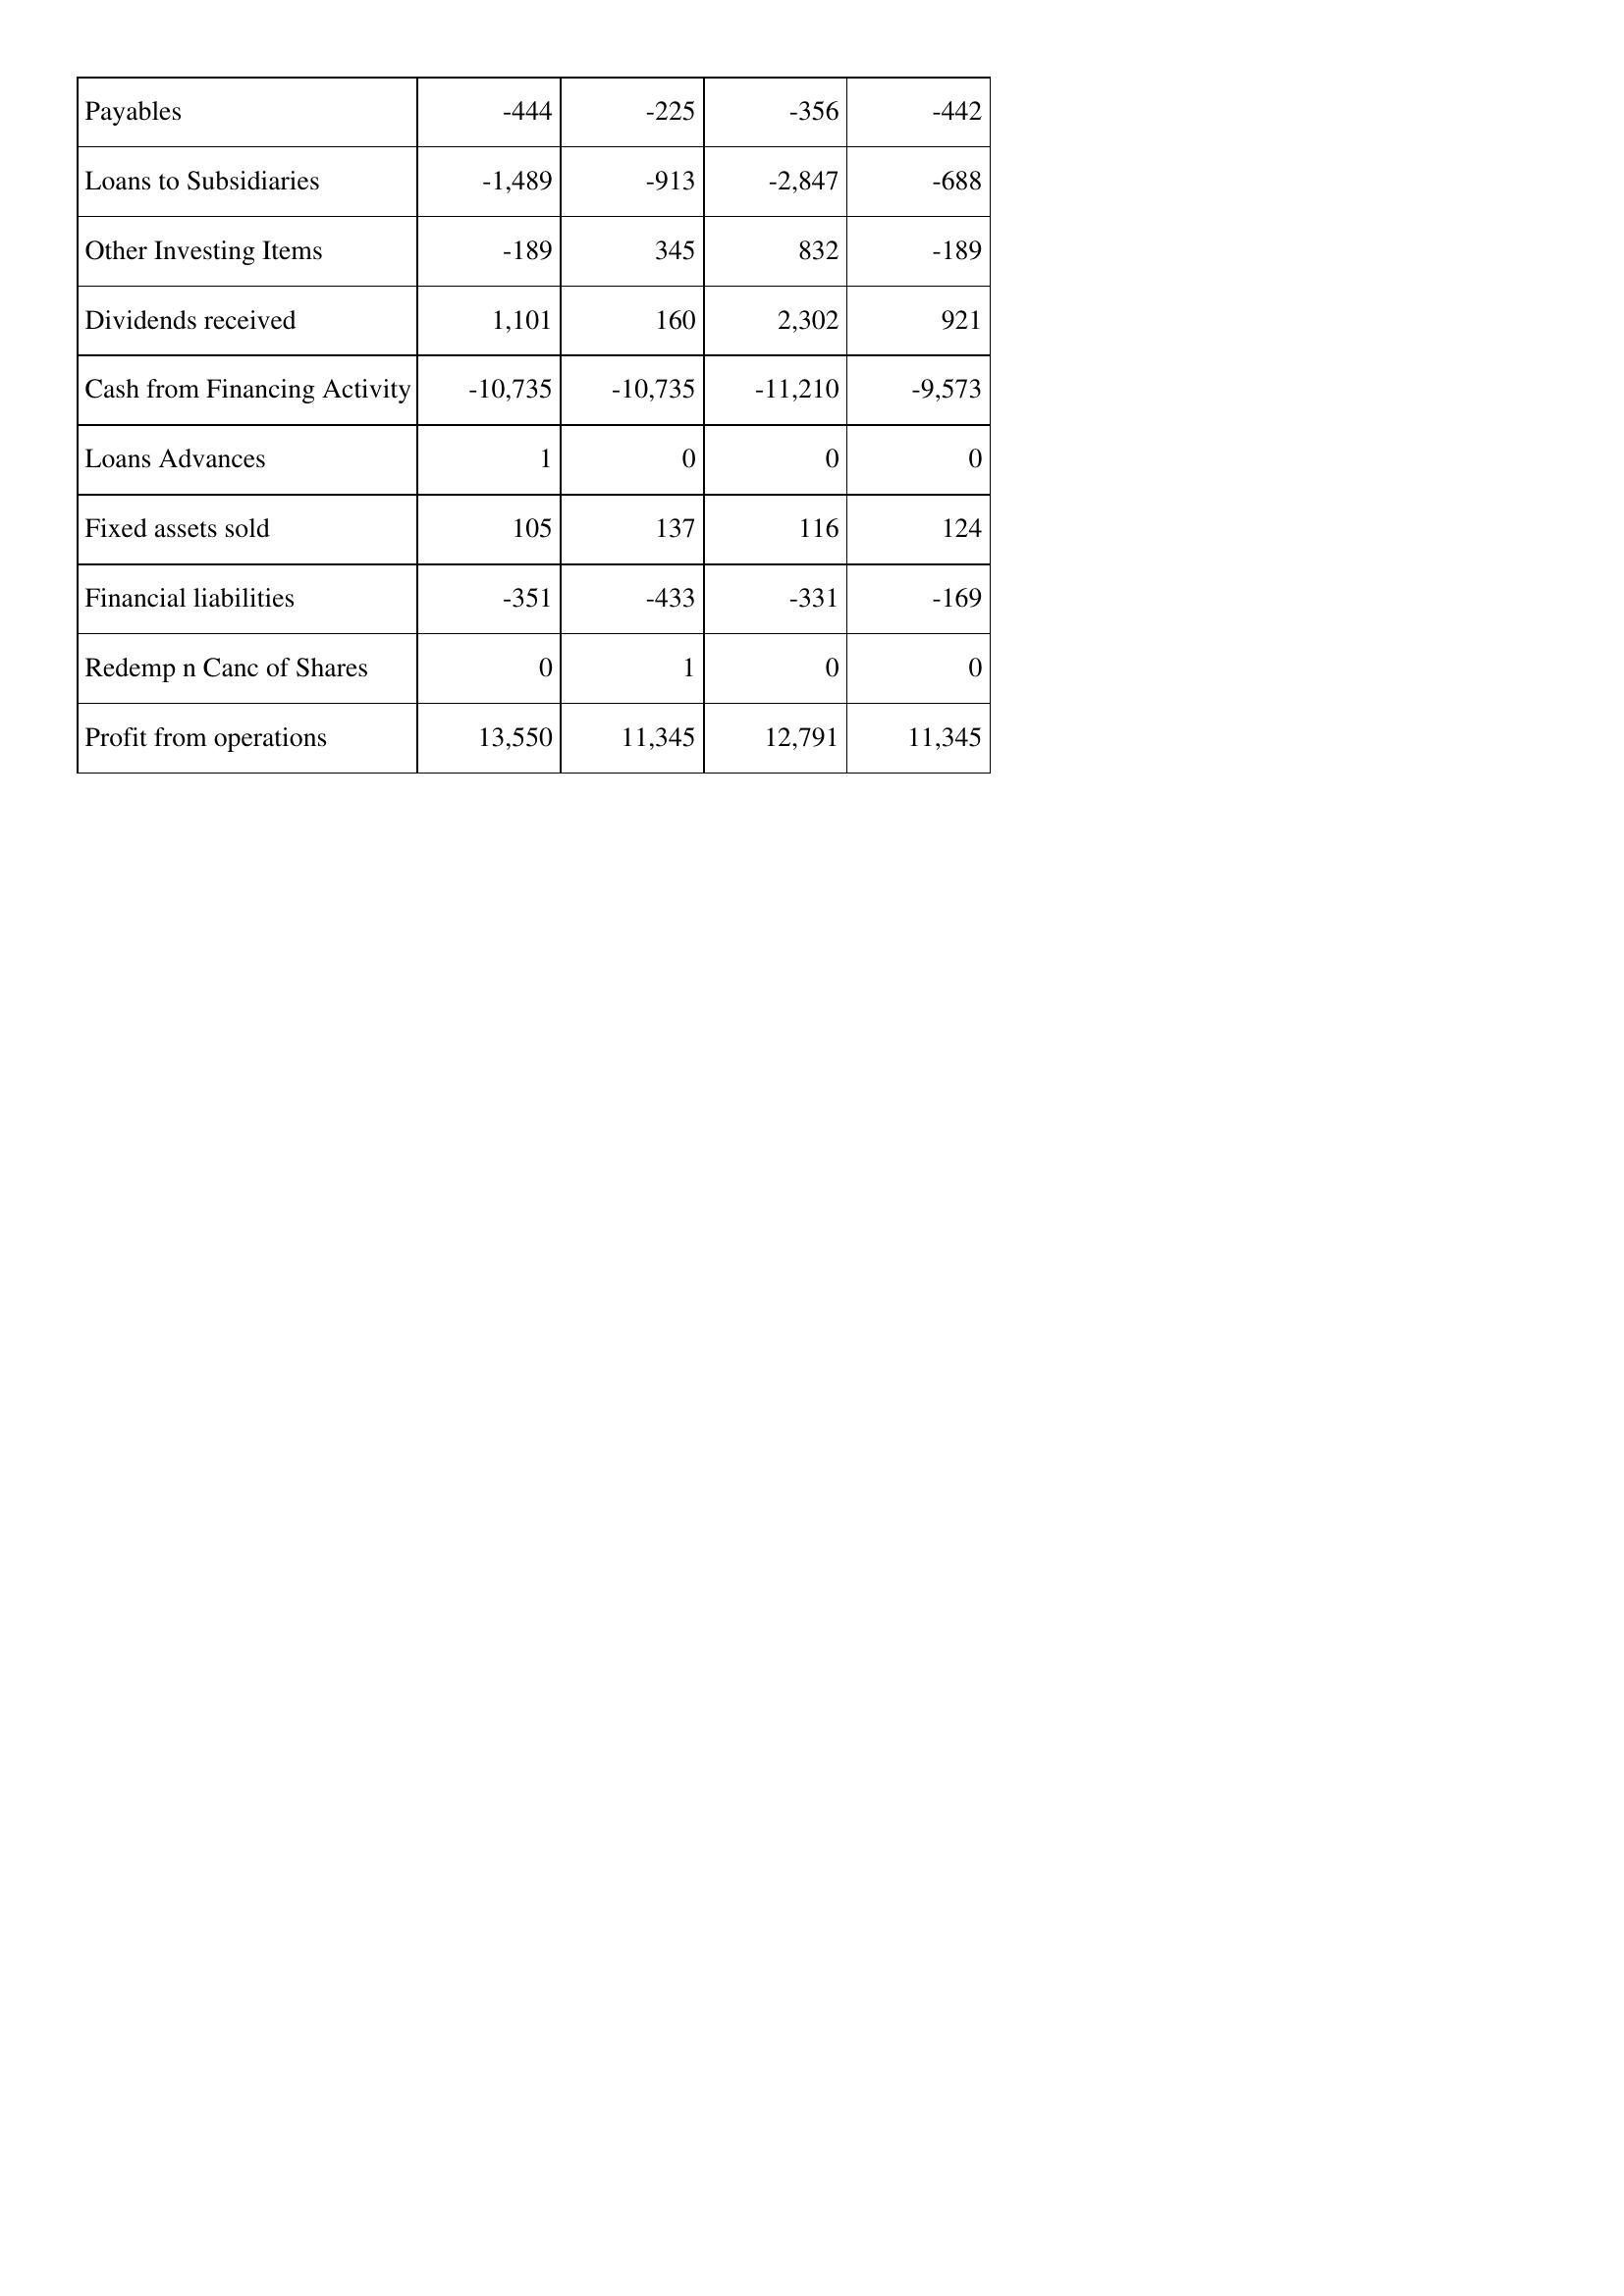
Dec-11: Cash Flows: Payables: -444
Loans to Subsidiaries: -1,489
Other Investing Items: -189
Dividends received: 1,101
Cash from Financing Activity: -10,735
Loans Advances: 1
Fixed assets sold: 105
Financial liabilities: -351
Redemp n Canc of Shares: 0
Profit from operations: 13,550
Dec-10: Cash Flows: Payables: -225
Loans to Subsidiaries: -913
Other Investing Items: 345
Dividends received: 160
Cash from Financing Activity: -10,735
Loans Advances: 0
Fixed assets sold: 137
Financial liabilities: -433
Redemp n Canc of Shares: 1
Profit from operations: 11,345
Dec-09: Cash Flows: Payables: -356
Loans to Subsidiaries: -2,847
Other Investing Items: 832
Dividends received: 2,302
Cash from Financing Activity: -11,210
Loans Advances: 0
Fixed assets sold: 116
Financial liabilities: -331
Redemp n Canc of Shares: 0
Profit from operations: 12,791
Dec-08: Cash Flows: Payables: -442
Loans to Subsidiaries: -688
Other Investing Items: -189
Dividends received: 921
Cash from Financing Activity: -9,573
Loans Advances: 0
Fixed assets sold: 124
Financial liabilities: -169
Redemp n Canc of Shares: 0
Profit from operations: 11,345